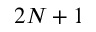
2 N + 1